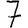
Digit: 7